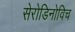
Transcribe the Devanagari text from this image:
सेरोडिनोविच